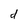
Character: d